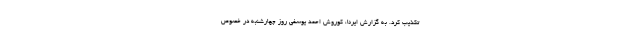
تکذیب کرد. به گزارش ایرنا، کوروش احمد یوسفی روز چهارشنبه در خصوص